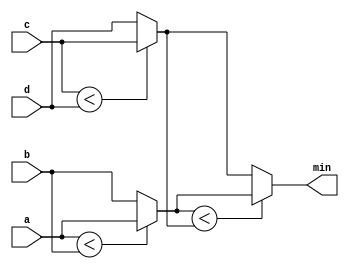
module top_module (
    input [7:0] a, b, c, d,
    output [7:0] min);//

    // assign intermediate_result1 = compare? true: false;
    reg [7:0] t1, t2;
    assign t1 = (a < b) ? a : b;
    assign t2 = (c < d) ? c : d;
    assign min = (t1 < t2) ? t1 : t2;
endmodule